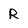
Character: R